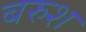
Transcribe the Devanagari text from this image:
बरुश